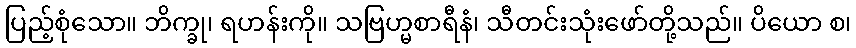
ပြည့်စုံသော။ ဘိက္ခု၊ ရဟန်းကို။ သဗြဟ္မစာရီနံ၊ သီတင်းသုံးဖော်တို့သည်။ ပိယော စ၊